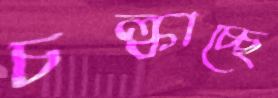
চল্‌কাচ্ছে